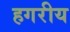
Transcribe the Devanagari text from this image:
हगरीय